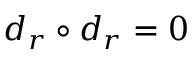
d _ { r } \circ d _ { r } = 0